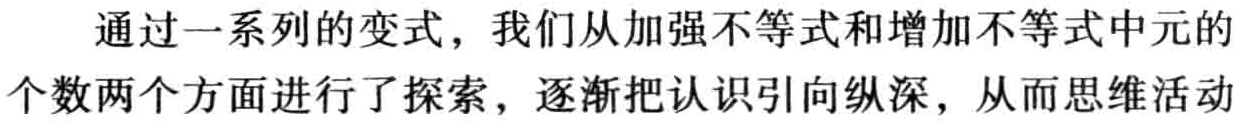
通过一系列的变式，我们从加强不等式和增加不等式中元的个数两个方面进行了探索，逐渐把认识引向纵深，从而思维活动